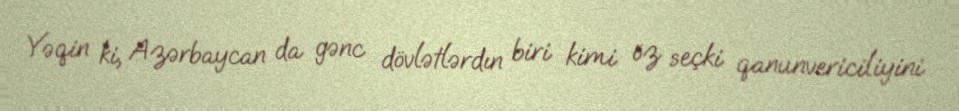
Yəqin ki, Azərbaycan da gənc dövlətlərdın biri kimi öz seçki qanunvericiliyini